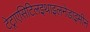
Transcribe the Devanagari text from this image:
टेट्राएसिटिलइथाइलनेडाइमीन